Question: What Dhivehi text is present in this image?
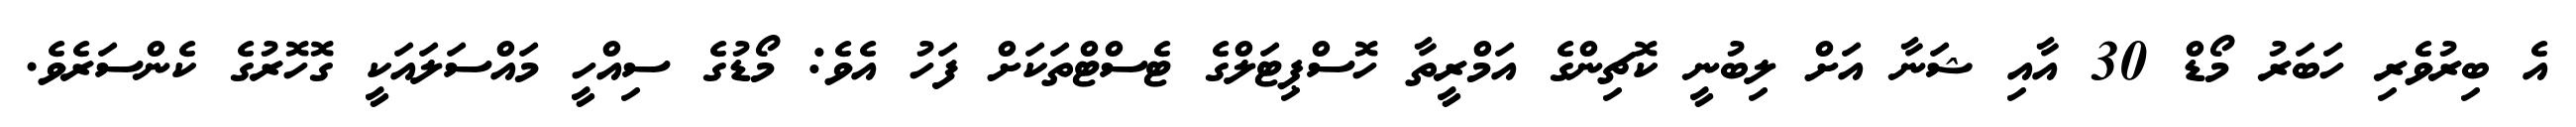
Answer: އެ ބިރުވެރި ހަބަރު މޯޑް 30 އާއި ޝަނާ އަށް ލިބުނީ ކޮޗިންގެ އަމްރީތާ ހޮސްޕިޓަލްގެ ޓެސްޓްތަކަށް ފަހު އެވެ: މޯޑުގެ ސިއްހީ މައްސަލައަކީ ގޮހޮރުގެ ކެންސަރެވެ.